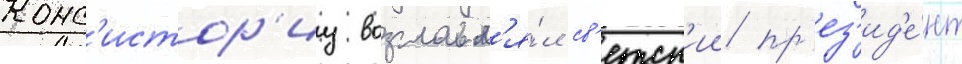
Конс'истор'иу возглавл'я́л св'етск'ии пр'ез'ид'е́нт